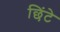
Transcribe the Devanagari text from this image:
छिंटे